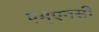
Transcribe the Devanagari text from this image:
एम्एनसी